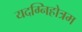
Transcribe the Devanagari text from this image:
यदग्निहोत्रम